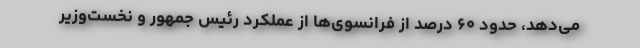
می‌دهد، حدود ۶۰ درصد از فرانسوی‌ها از عملکرد رئیس جمهور و نخست‌وزیر